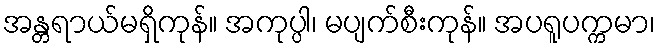
အန္တရာယ်မရှိကုန်။ အကုပ္ပါ၊ မပျက်စီးကုန်။ အပရူပက္ကမာ၊